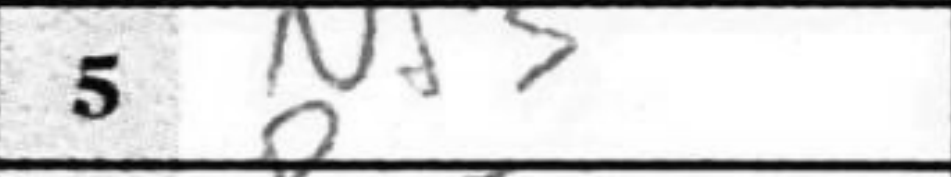
Transcription: Nf3